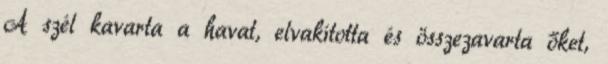
A szél kavarta a havat, elvakította és összezavarta őket,